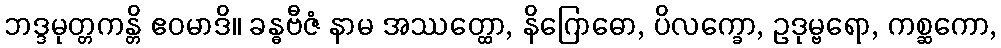
ဘဒ္ဒမုတ္တကန္တိ ဧဝမာဒိ။ ခန္ဓဗီဇံ နာမ အဿတ္ထော, နိဂြောဓော, ပိလက္ခော, ဥဒုမ္ဗရော, ကစ္ဆကော,